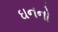
ઘનનો